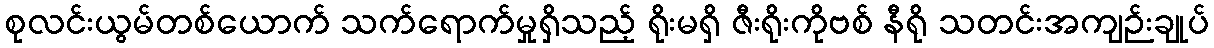
စုလင်းယွမ်တစ်ယောက် သက်ရောက်မှုရှိသည့် ရိုးမရှိ ဇီးရိုးကိုဗစ် နီရို သတင်းအကျဉ်းချုပ်